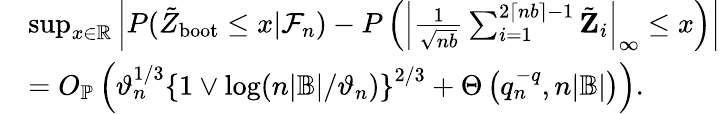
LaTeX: \begin{array}{rl}&{\operatorname*{sup}_{x\in\mathbb{R}}\left|P(\tilde{Z}_{\mathrm{boot}}\leq x|\mathcal{F}_{n})-P\left(\left|\frac{1}{\sqrt{nb}}\sum_{i=1}^{2\lceil nb\rceil-1}\tilde{\mathbf Z}_{i}\right|_{\infty}\leq x\right)\right|}\\ &{=O_{\mathbb{P}}\left(\vartheta_{n}^{1/3}\left\{ 1\vee\log(n|\mathbb{B}|/\vartheta_{n})\right\} ^{2/3}+\Theta\left(q_{n}^{-q},n|\mathbb B|\right)\right).}\end{array}